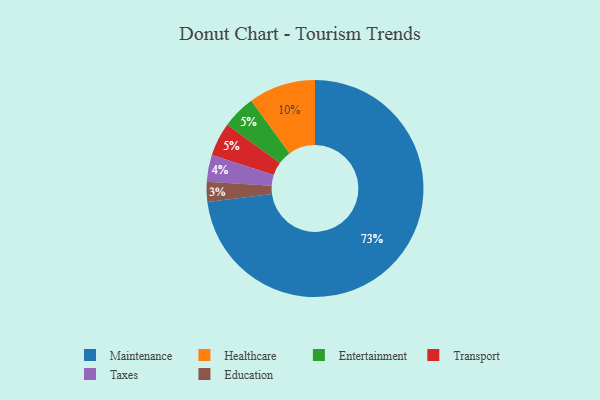
{"axis": {"x": "Category", "y": "Percentage"}, "legend": ["Education", "Entertainment", "Healthcare", "Maintenance", "Taxes", "Transport"], "data": [{"x": "Taxes", "y": 4, "type": "Taxes"}, {"x": "Entertainment", "y": 5, "type": "Entertainment"}, {"x": "Transport", "y": 5, "type": "Transport"}, {"x": "Healthcare", "y": 10, "type": "Healthcare"}, {"x": "Education", "y": 3, "type": "Education"}, {"x": "Maintenance", "y": 73, "type": "Maintenance"}]}